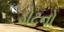
ડોટનો